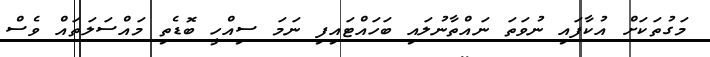
މަގުތަކަށް އުކާފައި ނުވަތަ ނައްތާނުލައި ބަހައްޓައިފި ނަމަ ސިއްހީ ބޮޑެތި މައްސަލަތައް ވެސް